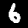
Digit: 6